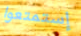
إستمتعوا